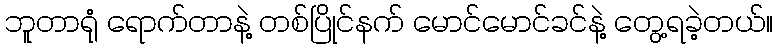
ဘူတာရုံ ရောက်တာနဲ့ တစ်ပြိုင်နက် မောင်မောင်ခင်နဲ့ တွေ့ရခဲ့တယ်။